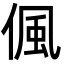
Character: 偑